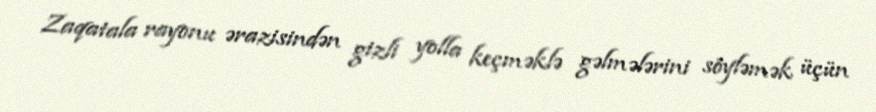
Zaqatala rayonu ərazisindən gizli yolla keçməklə gəlmələrini söyləmək üçün